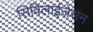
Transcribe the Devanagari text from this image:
सिविलाईजेसन